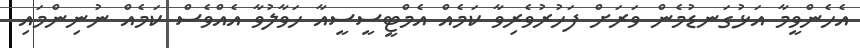
އެހެންވީމާ އަޅުގަނޑުމެން ވަރަށް ފަހުރުވެރިވާ ކަމެއް އެމްޓީސީސީއާ ހަވާލުވާ އެއްވެސް ކަމެއް ނުނިންމައި